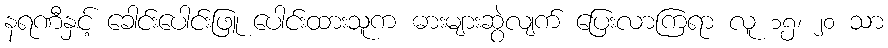
နရဏီနှင့် ခေါင်းပေါင်းဖြူ ပေါင်းထားသူက ဓားများဆွဲလျက် ပြေးလာကြရာ လူ ၁၅၊ ၂၀ သာ